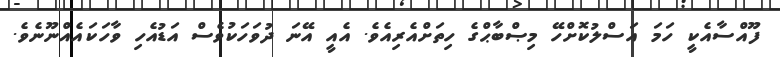
ފޫއްސާއެކީ ހަމަ އަސްލުކޮށްހޭ މިޞްބާޙްގެ ހިތަށްއެރިއެވެ. އެއީ އޭނަ ދުވަހަކުވެސް އަޑުއެހި ވާހަކައެއްނޫނެވެ.